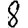
Digit: 8